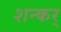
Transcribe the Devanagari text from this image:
शन्कर्